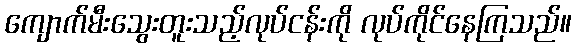
ကျောက်မီးသွေးတူးသည့်လုပ်ငန်းကို လုပ်ကိုင်နေကြသည်။